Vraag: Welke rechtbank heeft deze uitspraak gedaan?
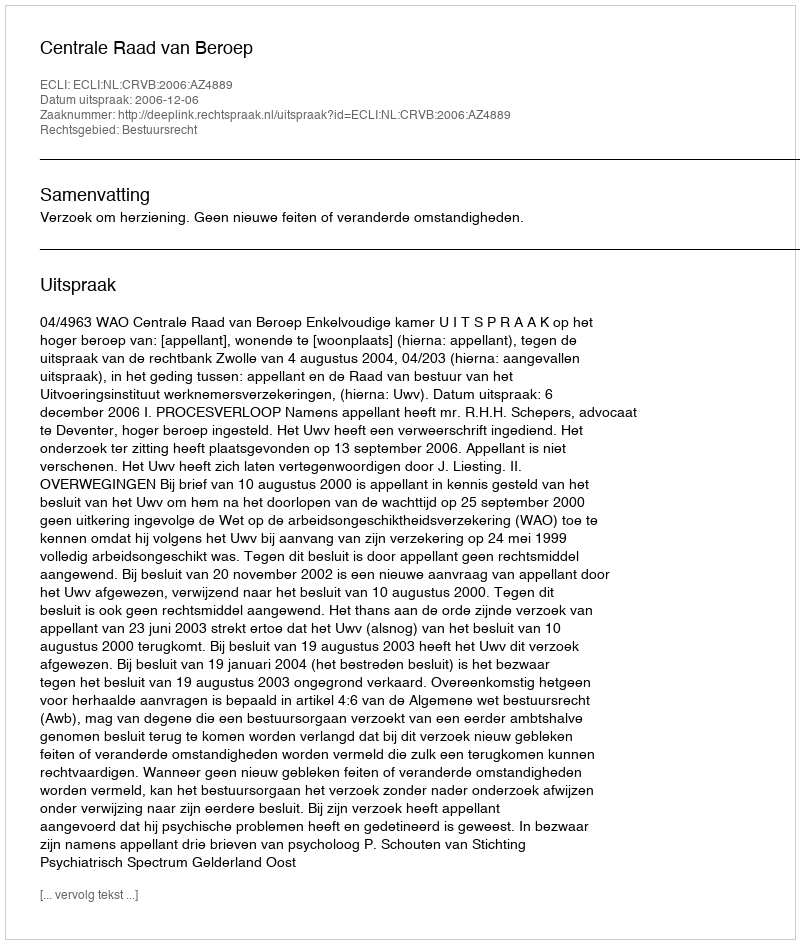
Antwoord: Centrale Raad van Beroep